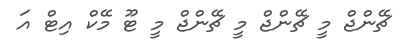
ޗޭންޖް މީ ޗޭންޖް މީ ޗޭންޖް މީ ޓޫ މޭކް އިޓް އަ